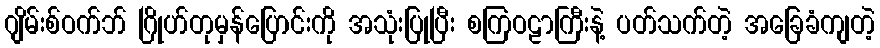
ဂျိမ်းစ်ဝက်ဘ် ဂြိုဟ်တုမှန်ပြောင်းကို အသုံးပြုပြီး စကြဝဠာကြီးနဲ့ ပတ်သက်တဲ့ အခြေခံကျတဲ့